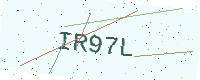
Text: IR97L